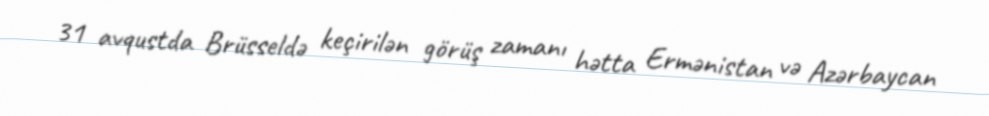
31 avqustda Brüsseldə keçirilən görüş zamanı hətta Ermənistan və Azərbaycan